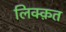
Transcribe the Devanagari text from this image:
लिक्क़त